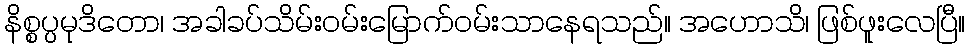
နိစ္စပ္ပမုဒိတော၊ အခါခပ်သိမ်းဝမ်းမြောက်ဝမ်းသာနေရသည်။ အဟောသိ၊ ဖြစ်ဖူးလေပြီ။